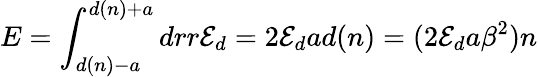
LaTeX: E=\int_{d(n)-a}^{d(n)+a}drr{\cal E}_{d}=2{\cal E}_{d}ad(n)=(2{\cal E}_{d}a\beta^{2})n